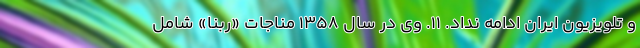
و تلویزیون ایران ادامه نداد. ۱۱. وی در سال ۱۳۵۸ مناجات «ربّنا» شامل